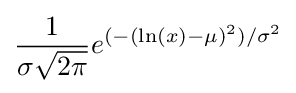
{\frac {1}{\sigma {\sqrt {2\pi }}}}e^{(-(\ln(x)-\mu )^{2})/\sigma ^{2}}